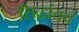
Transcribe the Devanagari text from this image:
सिद्धांतच